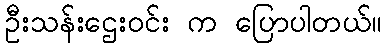
ဦးသန်းဌေးဝင်း က ပြောပါတယ်။